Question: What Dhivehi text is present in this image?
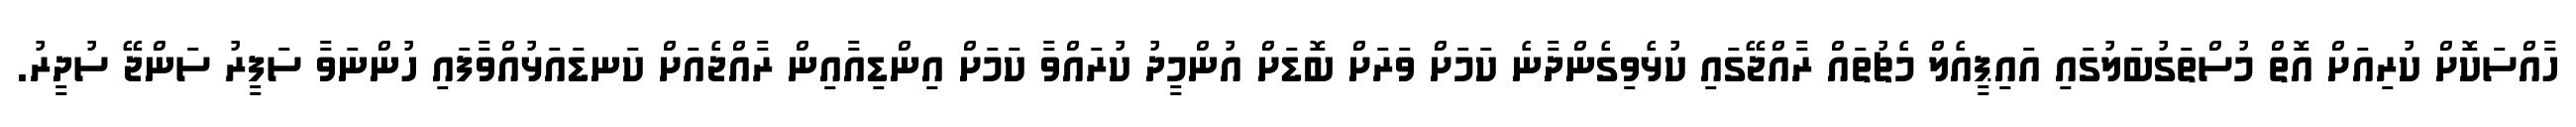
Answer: ހާއްސަކޮށް ކުރިއަށް އޮތް މުސްތަގުބަލުގައި އައިޕީއެލް މެޗުތައް ރާއްޖޭގައި ކުޅެވިގެންދާނެ ކަމަށް ވަރަށް ބޮޑަށް އުންމީދު ކުރައްވާ ކަމަށް އިންޑިއާއިން ރާއްޖެއަށް ކަނޑައަޅުއްވާފައި ހުންނަވާ ސަފީރު ސަންޖޭ ސުދީރު.